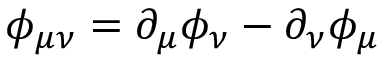
\phi _ { \mu \nu } = \partial _ { \mu } \phi _ { \nu } - \partial _ { \nu } \phi _ { \mu }